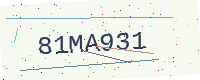
Text: 81MA931